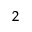
^ 2